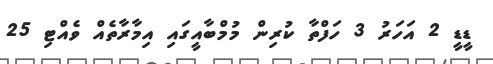
ޑީޑީ 2 އަހަރު 3 ހަފްތާ ކުރިން މުމްބާއީގައި އިމާރާތެއް ވެއްޓި 25